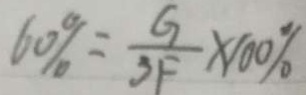
6 0 \% = \frac { G } { 3 F } \times 1 0 0 \%